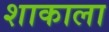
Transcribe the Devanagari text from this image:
शाकाला